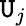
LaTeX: \mathtt{U}_{j}